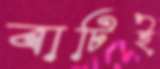
বাটিই